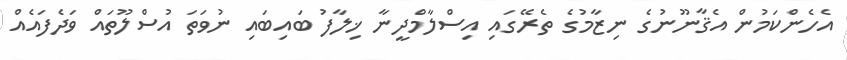
އެހެންކަމުން އެޤާނޫނުގެ ނިޒާމުގެ ތެރޭގައި އިސްލާމްދީނާ ޚިލާފު ބައިބައި ނުވަތަ އުސްލޫތައް ވަދެފައެއް